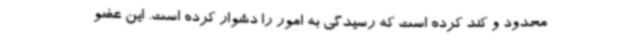
محدود و کند کرده است که رسیدگی به امور را دشوار کرده است. این عضو